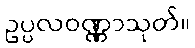
ဥပ္ပလဝဏ္ဏာသုတ်။